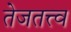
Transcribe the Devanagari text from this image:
तेजतत्त्व